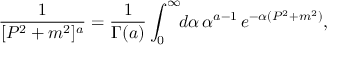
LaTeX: \frac { 1 } { [ P ^ { 2 } + m ^ { 2 } ] ^ { a } } = \frac { 1 } { \Gamma ( a ) } \int _ { 0 } ^ { \infty } \! \! d \alpha \, \alpha ^ { a - 1 } \, e ^ { - \alpha ( P ^ { 2 } + m ^ { 2 } ) } ,